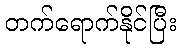
တက်ရောက်နိုင်ပြီး